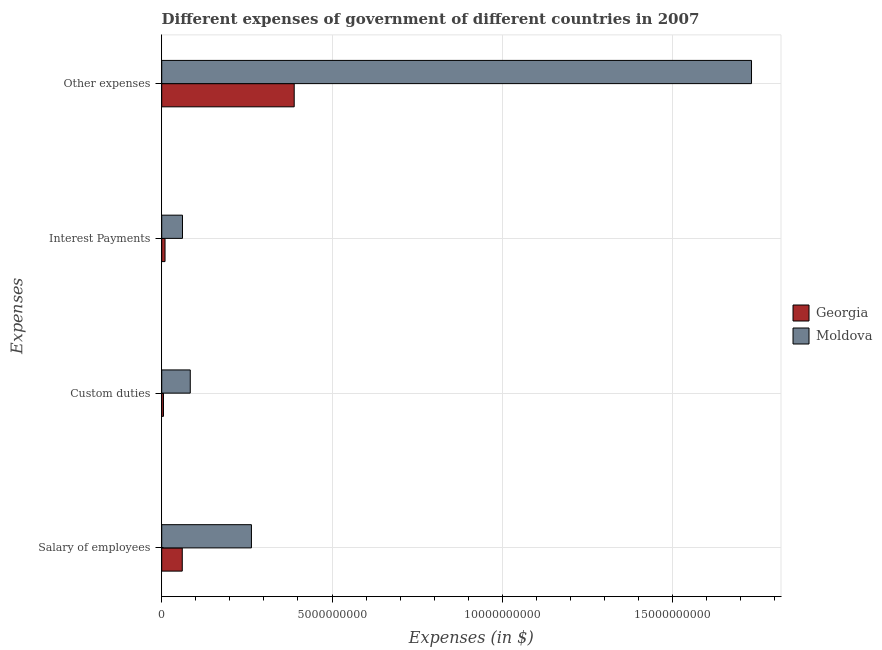
| Expenses | Georgia | Moldova |
 | --- | --- | --- |
 | Salary of employees | 6.04e+08 | 2.63e+09 |
 | Custom duties | 5.2e+07 | 8.38e+08 |
 | Interest Payments | 9.74e+07 | 6.1e+08 |
 | Other expenses | 3.89e+09 | 1.73e+10 |